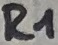
Text: R1